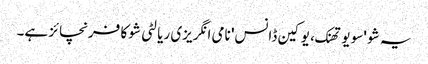
یہ شو 'سو یو تھنک، یو کین ڈانس' نامی انگریزی ریالٹی شو کا فرنچائز ہے۔